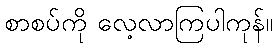
စာစပ်ကို လေ့လာကြပါကုန်။